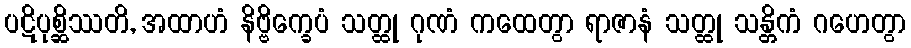
ပဋိပုစ္ဆိဿတိ, အထာဟံ နိဗ္ဗိက္ခေပံ သတ္ထု ဂုဏံ ကထေတွာ ရာဇာနံ သတ္ထု သန္တိကံ ဂဟေတွာ